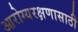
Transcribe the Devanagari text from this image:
आरोग्यरक्षणासाठी